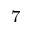
_ { 7 }